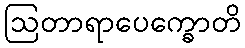
ဩတာရာပေက္ခောတိ